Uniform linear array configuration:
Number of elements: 4
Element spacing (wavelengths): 0.5
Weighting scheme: exponential
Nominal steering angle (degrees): -45
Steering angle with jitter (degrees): -43.952
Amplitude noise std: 0.05
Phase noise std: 0.05

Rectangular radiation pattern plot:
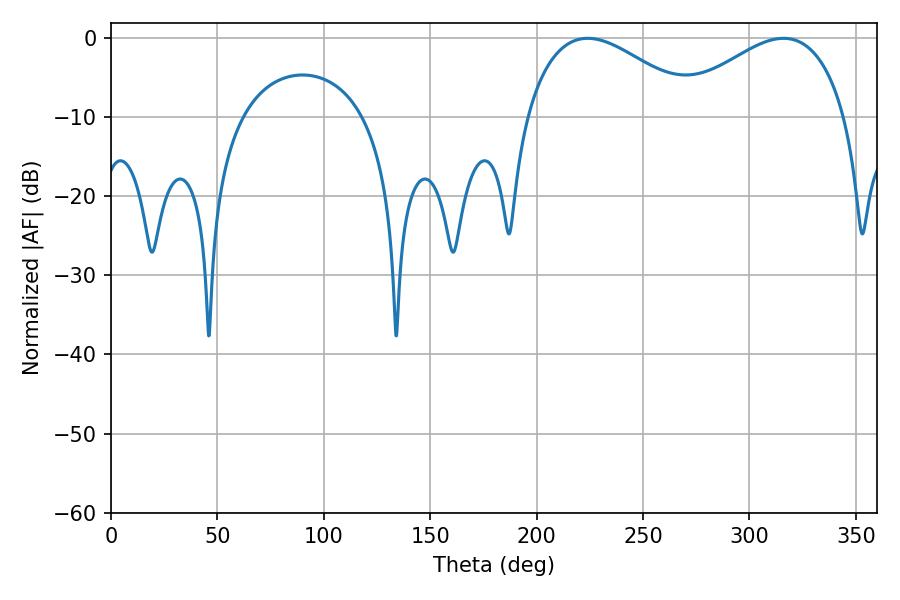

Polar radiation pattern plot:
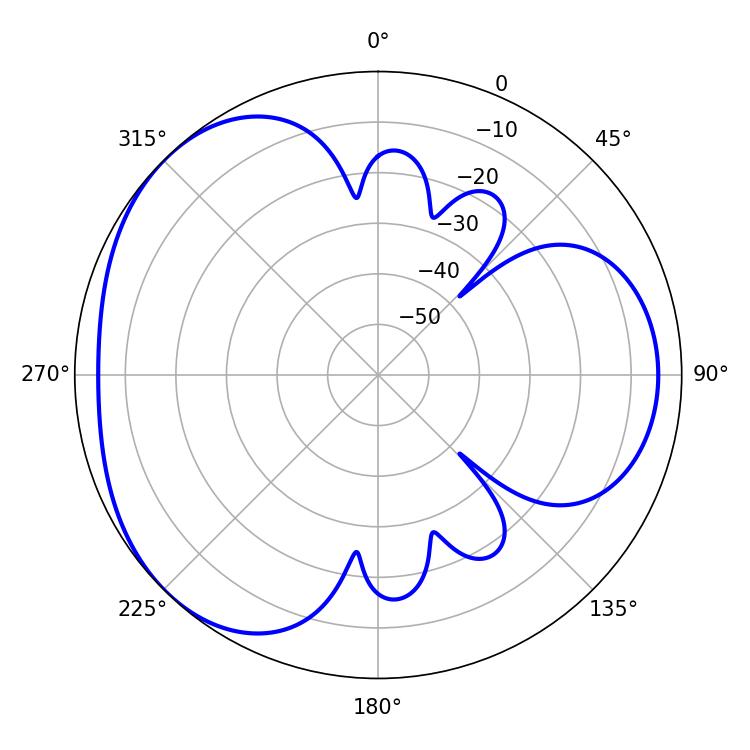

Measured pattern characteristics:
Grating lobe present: FALSE
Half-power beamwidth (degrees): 44.46
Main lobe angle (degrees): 223.92